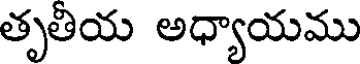
తృతీయ అధ్యాయము